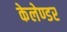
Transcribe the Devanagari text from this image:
केलेण्डर